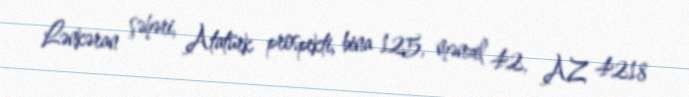
Lənkəran şəhəri, Atatürk prospekti, bina 125, mənzil 42, AZ 4218